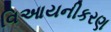
વિઆયનીકરણ